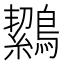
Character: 𪅸